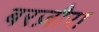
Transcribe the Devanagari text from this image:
बरज़ौरा